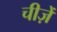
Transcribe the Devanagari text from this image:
चीज़ेँ